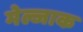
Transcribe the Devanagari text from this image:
मेल्जाक